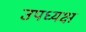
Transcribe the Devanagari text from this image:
उपध्यक्ष